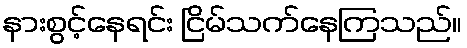
နားစွင့်နေရင်း ငြိမ်သက်နေကြသည်။